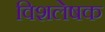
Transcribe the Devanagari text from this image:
विशलेषक